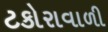
ટકોરાવાળી